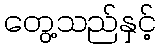
တွေ့သည်နှင့်